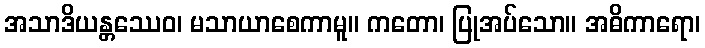
အသာဒိယန္တဿေဝ၊ မသာယာစေကာမူ။ ကတော၊ ပြုအပ်သော။ အဓိကာရော၊